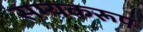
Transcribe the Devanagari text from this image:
सम्यकरूप